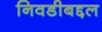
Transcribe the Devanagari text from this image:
निवडीबद्दल